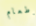
وطعام